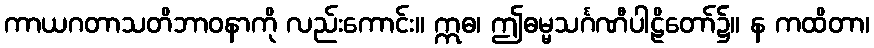
ကာယဂတာသတိဘာဝနာကို လည်းကောင်း။ ဣဓ၊ ဤဓမ္မသင်္ဂဏီပါဠိတော်၌။ န ကထိတာ၊